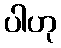
ပါဟု